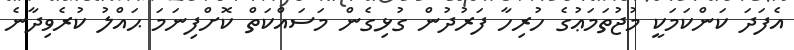
އެފަދަ ކަންކަމަކީ މުޖުތަމަޢުގެ ހުރިހާ ފަރުދުން ގުޅިގެން މަސައްކަތް ކޮށްފިނަމަ ޙައްލު ކުރެވިދާނެ